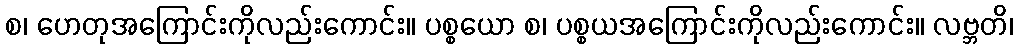
စ၊ ဟေတုအကြောင်းကိုလည်းကောင်း။ ပစ္စယော စ၊ ပစ္စယအကြောင်းကိုလည်းကောင်း။ လဗ္ဘတိ၊